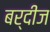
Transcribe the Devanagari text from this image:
बर्दीज